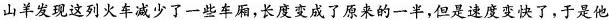
山羊发现这列火车减少了一些车厢，长度变成了原来的一半，但是速度变快了，于是他